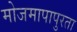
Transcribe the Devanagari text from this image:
मोजमापापुरता